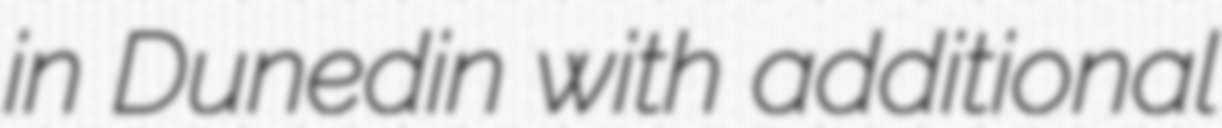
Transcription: in Dunedin with additional